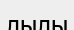
лылы